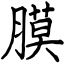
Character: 膜